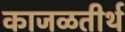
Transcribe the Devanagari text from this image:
काजळतीर्थ